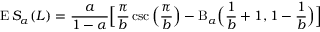
\operatorname { E } S _ { \alpha } ( L ) = { \frac { a } { 1 - \alpha } } { \Bigl [ } { \frac { \pi } { b } } \csc { \Bigl ( } { \frac { \pi } { b } } { \Bigr ) } - \mathrm { B } _ { \alpha } { \Bigl ( } { \frac { 1 } { b } } + 1 , 1 - { \frac { 1 } { b } } { \Bigr ) } { \Bigr ] }